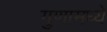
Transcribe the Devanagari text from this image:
गुणामध्ये